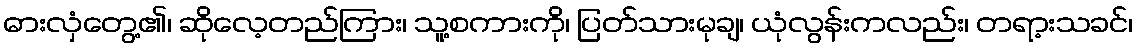
ဓားလှံတွေ့၏၊ ဆိုလေ့တည်ကြား၊ သူ့စကားကို၊ ပြတ်သားမုချ၊ ယုံလွန်းကလည်း၊ တရာ့းသခင်၊